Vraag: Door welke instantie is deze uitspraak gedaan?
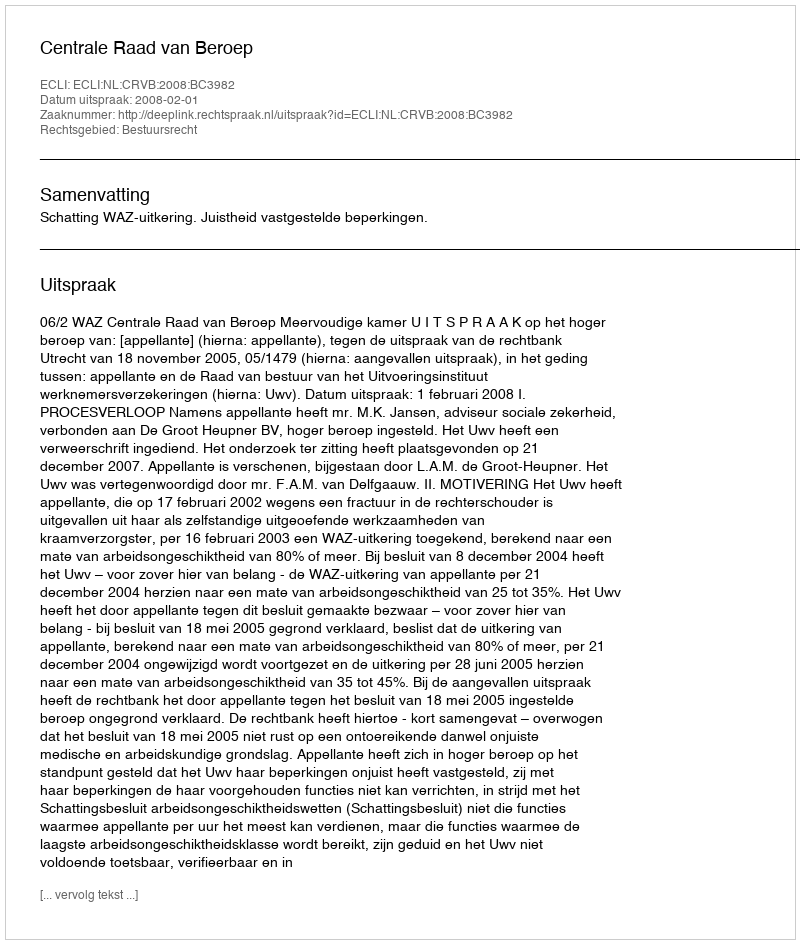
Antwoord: Centrale Raad van Beroep